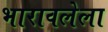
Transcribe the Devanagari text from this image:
भारावलेला